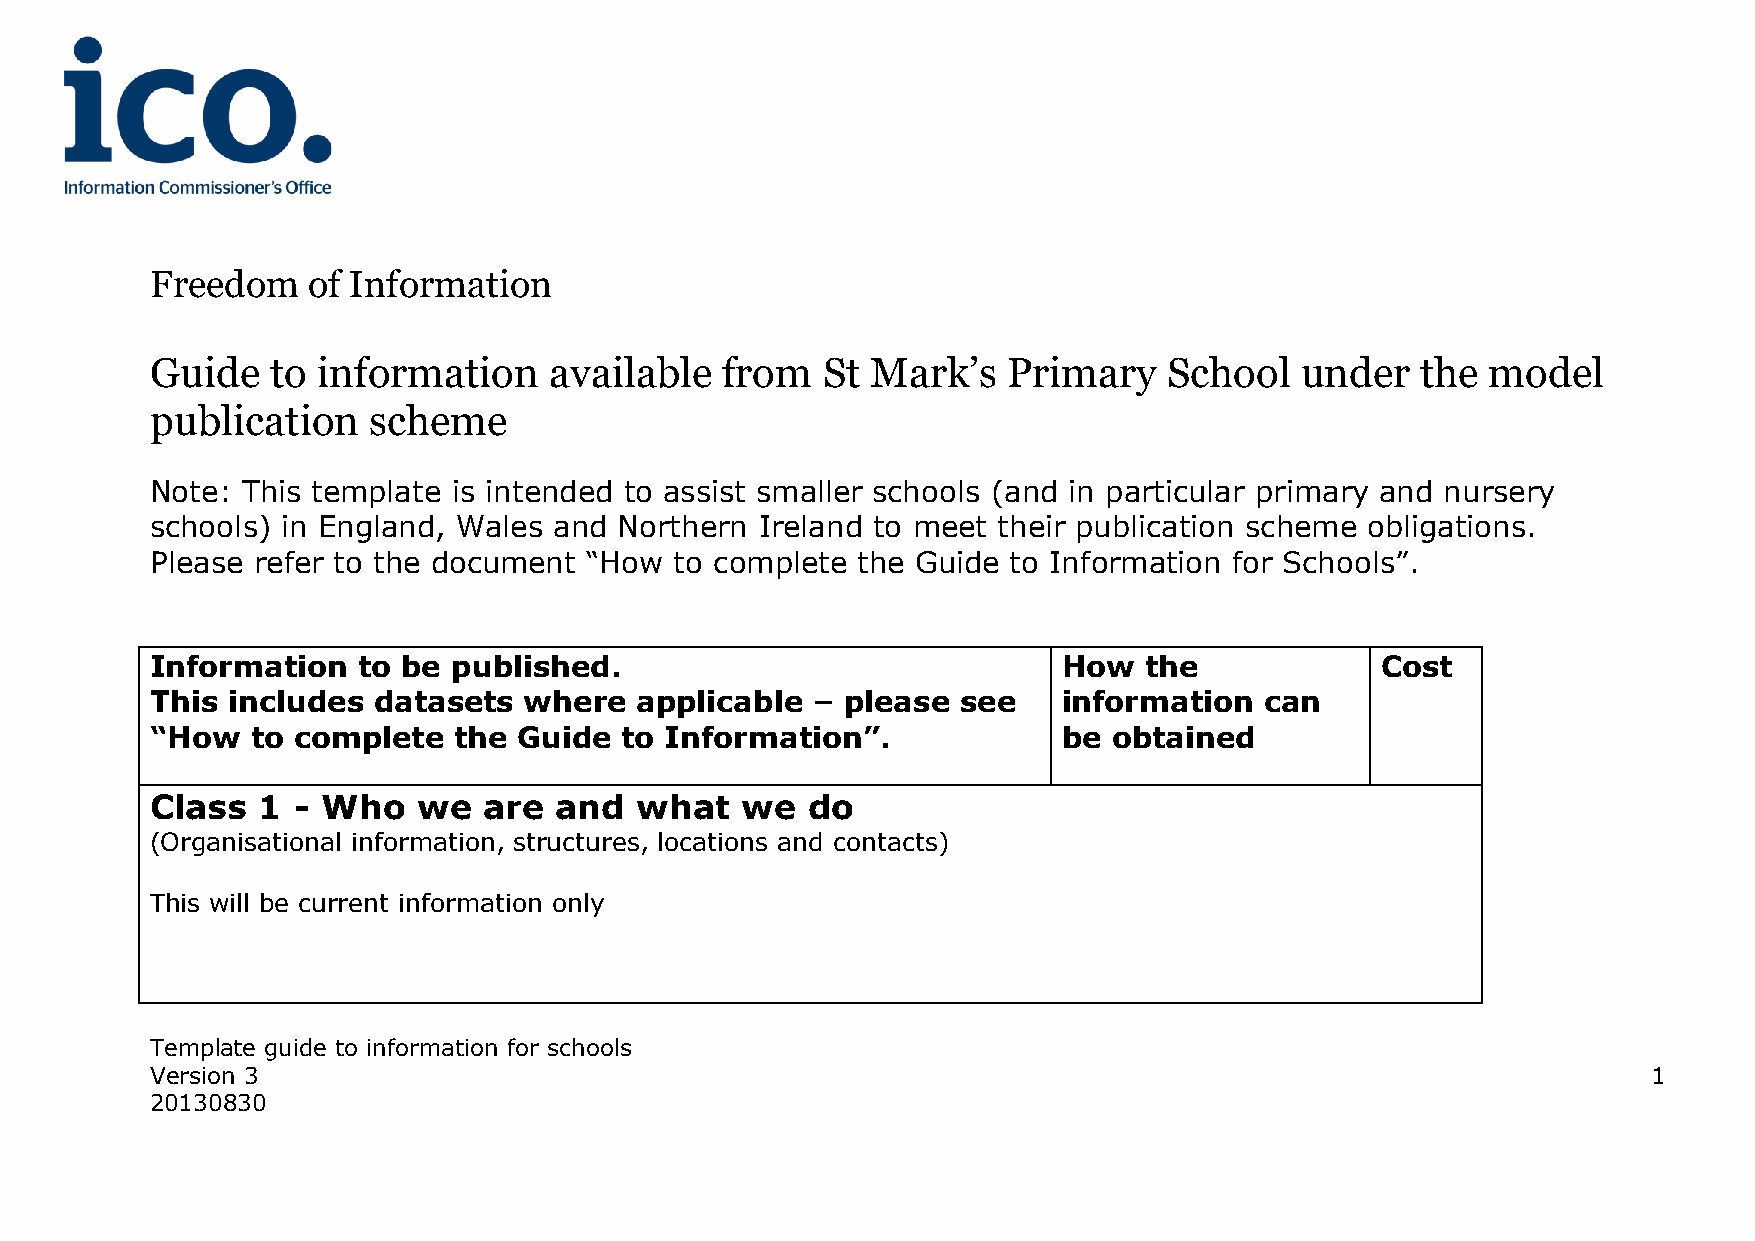
Freedom   of Information
 Guide   to information    available   from  St  Mark’s   Primary   School   under   the  model
 publication   scheme
 Note: This template is intended to assist smaller schools (and in particular primary and nursery
 schools) in England, Wales and Northern Ireland to meet their publication scheme obligations.
 Please refer to the document “How  to complete the Guide to Information for Schools”.
 Information   to be published.                              How   the            Cost
 This includes  datasets  where  applicable  – please  see   information   can
 “How   to complete  the Guide  to Information”.             be  obtained
 Class  1 - Who    we  are  and  what   we  do
 (Organisational information, structures, locations and contacts)
 This will be current information only
 Template guide to information for schools
 Version 3                                                                                          1
 20130830